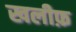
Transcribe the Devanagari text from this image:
खलीफ़